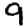
Digit: 9